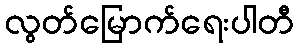
လွတ်မြောက်ရေးပါတီ